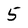
Character: 5